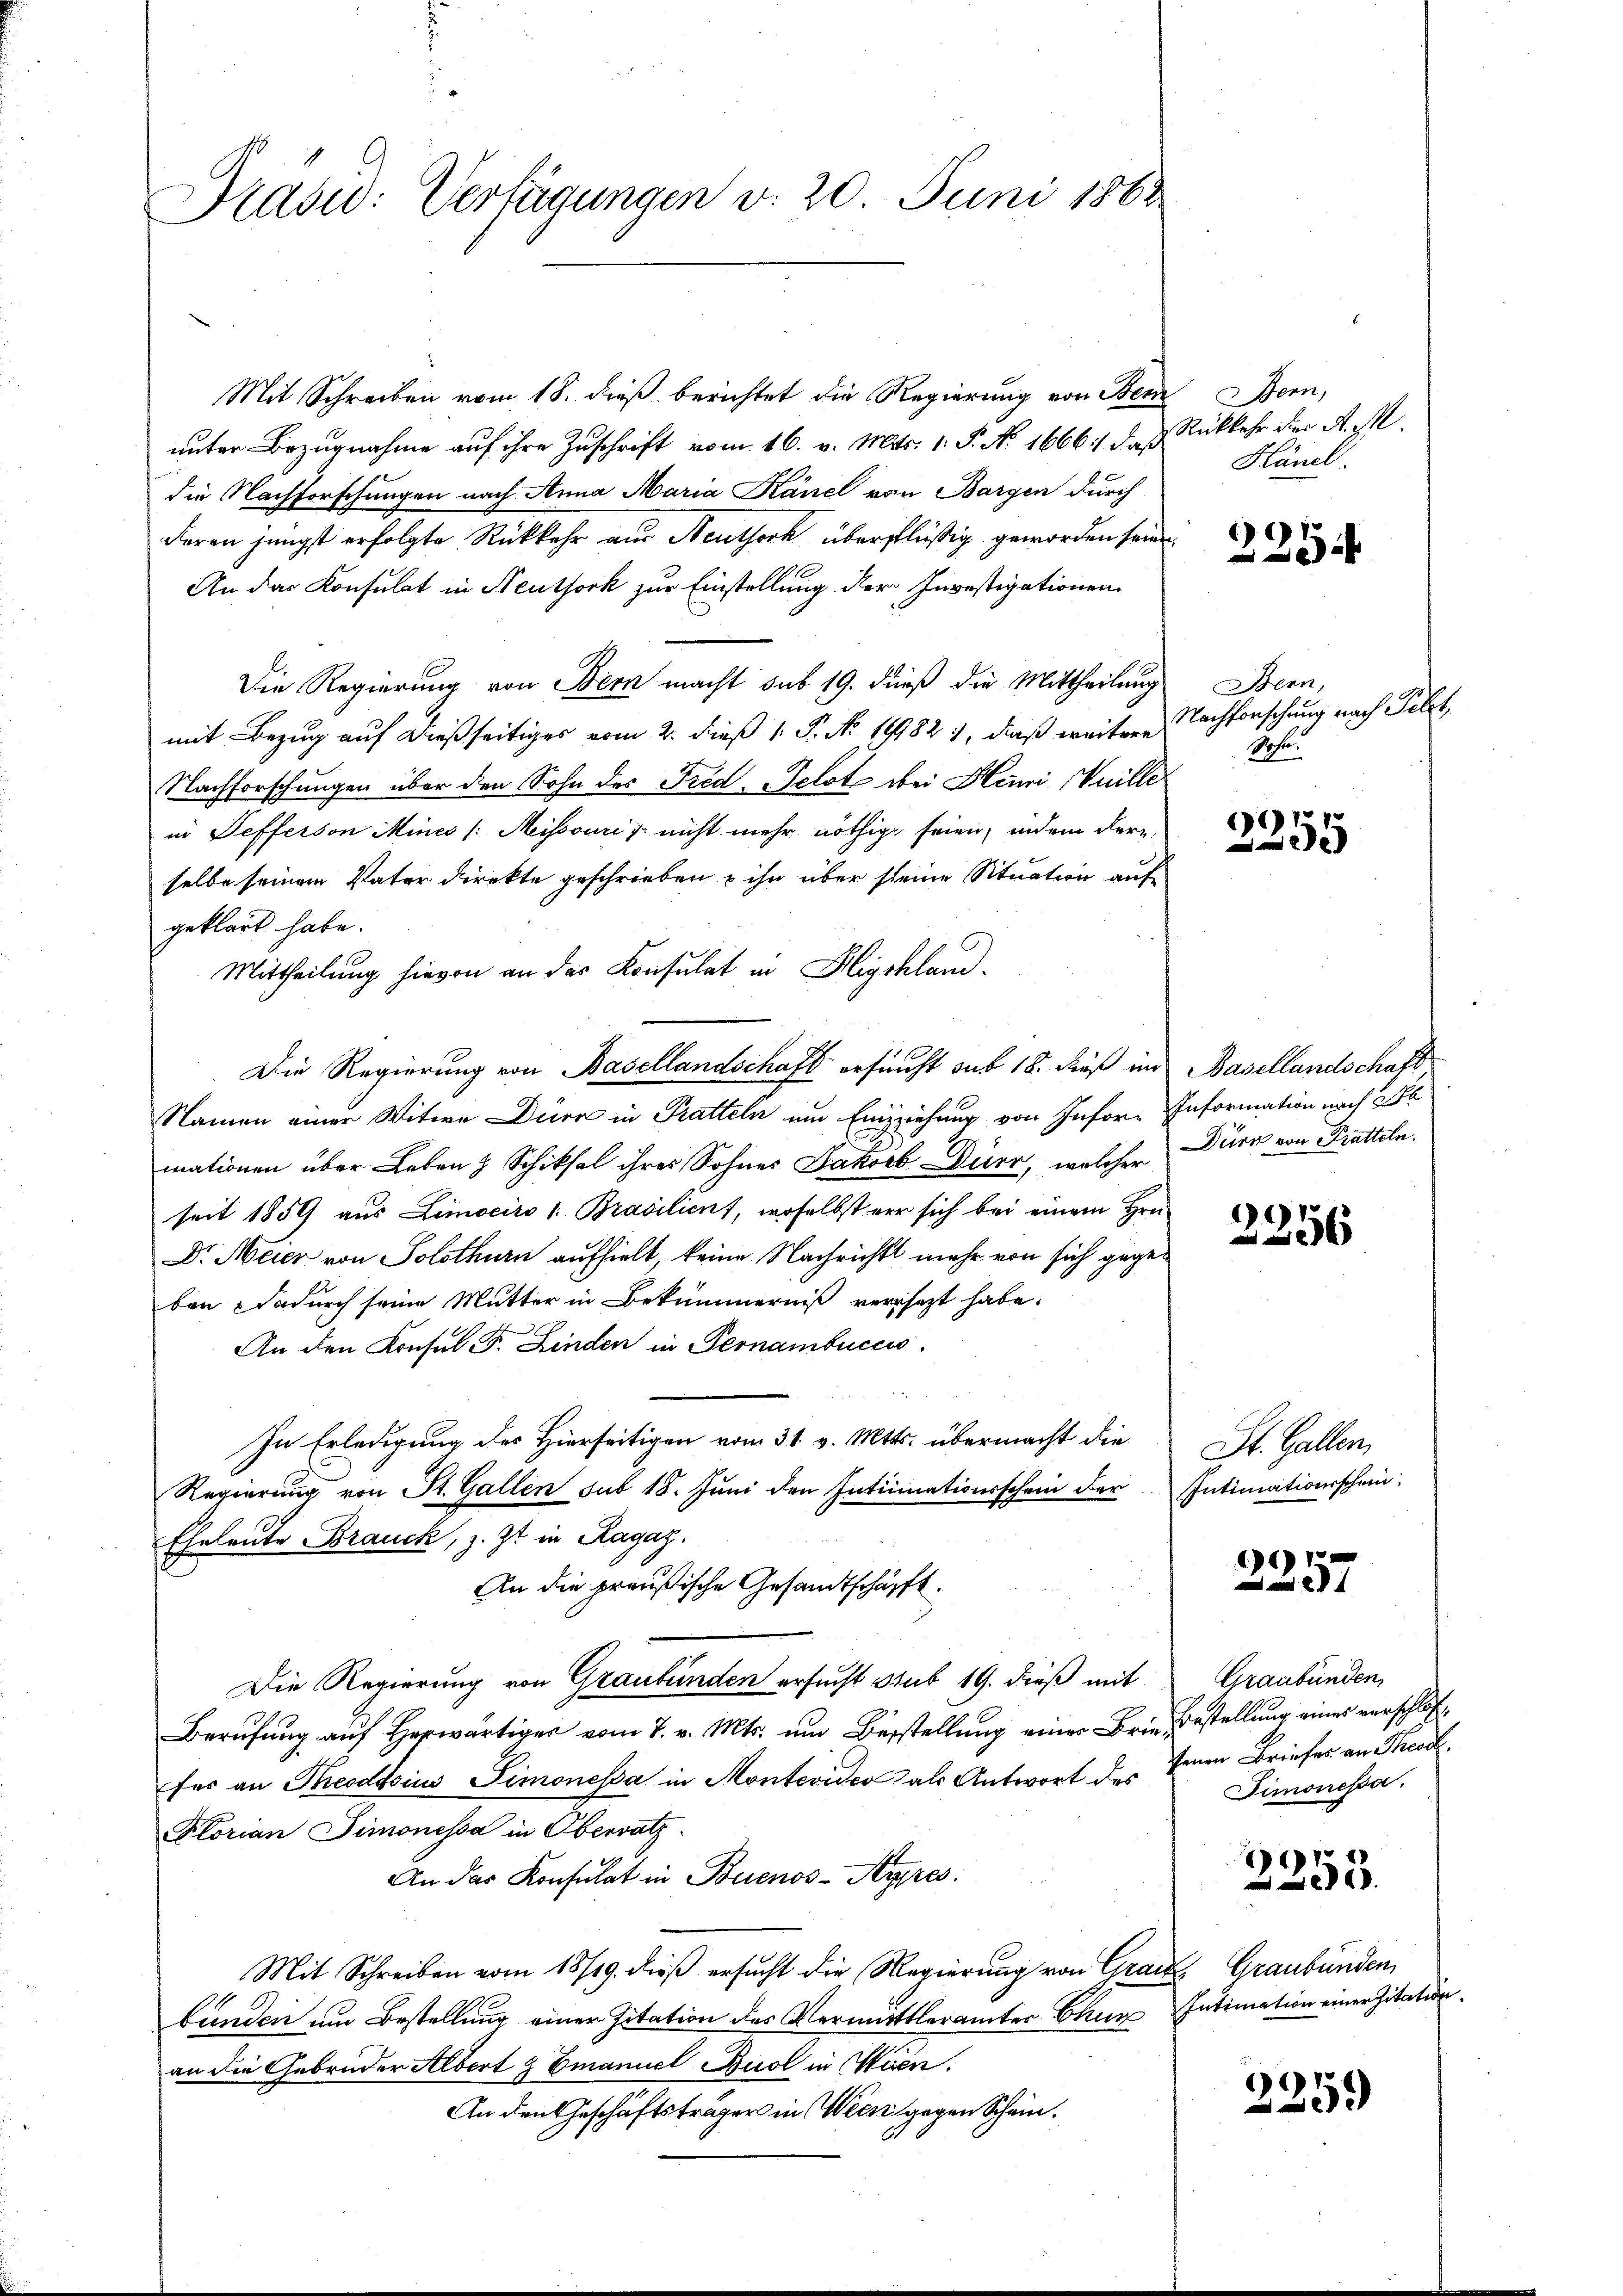
Brasid: Verfügungen v. 20. Juni 1862.

Mit Schreiben vom 18. dieß berichtet die Regierung von Bern Bern,
unter Bezugnahme auf ihre Zuschrift vom 16. v. Mts. 1. P. No 1666, daß Rückkehr der A. M.
die Nachforschungen nach Anna Maria Känel von Bargen durch
deren jüngst erfolgte Rückkehr aus Neuthoch überflüßig geworden seien.
An das Konsulat in Neuthork zur Einstellung der Investigationen
Die Regierung von Bern macht sub 19. dieß die Mittheilung
mit Bezug auf dießseitiges vom 2. dieß 1 S. No. 191821, daß weitere
Nachforschungen über den Sohn des Frid. Selot bei Henri Weille
in Sefferson Mines /: Missouris nicht mehr nöthige seien, indem Fern
selbe seinem Vater direkte geschrieben & ihn über seine Situation auf
geklärt habe.
Mittheilung hievon an das Konsulat in Highland¬
Die Regierung von Basellandschaft ersucht sub 18. dieß im Basellandschaft,
Namen einer Witwe Dürr in Pratteln und Einziehung von Infor- Information nach 3 l
mationen über Leben & Schiksal ihres Sohnes Jakob Dürr, welcher Dürr von Pratteln.
seit 1859 aus Limociro 1. Brasilien, woselbst vor sich bei einem Hrn.
Dr. Meier von Solothurn aufhielt, keine Nachricht mehr von sich gegeben dadurch seine Mutter in Bekümmerniß versezt habe.
An den Konsul F. Linden in Pernambuccis
In Erledigung des Hierseitigen vom 31. v. Mts. übermacht die
Regierung von St. Gallen sub 18. Juni den Inticinationsschein der Intimationsschein-
Eheleute Brauck, z. Zt. in Ragaz.
An die preußische Gesandtschäfft.
Die Regierung von Graubünden ersucht sub 19. dieß mit
Berufung auf Herwärtiger vom 7. v. Mts. um Bestellung einer Brie Bestellung eines verschlosfür an Theodosius Simonessa in Montevideo als Antwort des Jenen Briefes an Theod
Florian Simonessa in Obervatz
An das Konsulat in Buenos-Ayres.
Mit Schreiben vom 18/19. dieß ersucht die Regierung von Grau, Graubünden,
bunden um Bestellung einer Zitation des Vermittlerämter Chur Intimation einer Zitationan die Gebrüder Albert & Emanuel Buol in Wien.
An den Geschäftsträger in Wien gegen Schein.

Känel.

2254

Bern,
Nachforschung nach Filet,
Sohn.

)
5

2356

St. Gallen

)
4

Graubünden,
Timonessa.

2253.

225.)